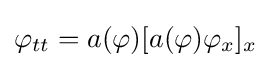
\varphi _{tt}=a(\varphi )[a(\varphi )\varphi _{x}]_{x}